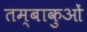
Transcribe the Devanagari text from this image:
तम्बाकुओं